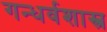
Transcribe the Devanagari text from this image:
गन्धर्वशास्त्र